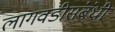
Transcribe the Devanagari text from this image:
लागवडीसंबंधी